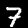
Label: 7